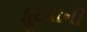
ફૂટવાની